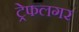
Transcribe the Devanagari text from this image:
ट्रेफलगर